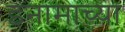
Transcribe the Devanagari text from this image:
इनामाच्या